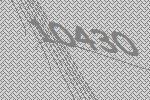
10430